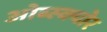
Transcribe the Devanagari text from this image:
ओब्स्क्योर